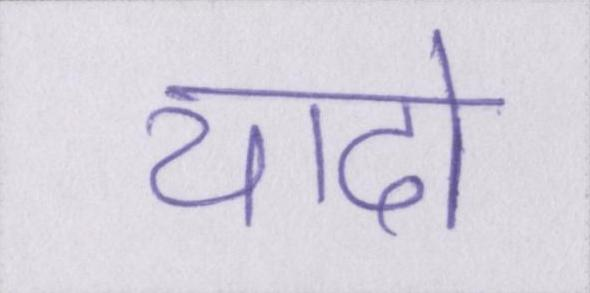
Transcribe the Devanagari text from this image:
यादो